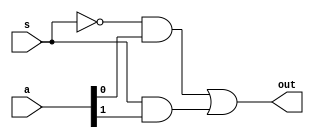
module mux_2x1(out, a, s);

input [1:0] a;
input s;
output out;

wire s0n; //s0 not
wire w1a,w2b;

not n1(s0n,s);

and and1(w1a,s0n,a[0]);
and and2(w2b,s,a[1]);

or or1(out,w1a,w2b);

endmodule